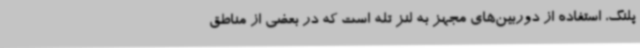
پلنگ، استفاده از دوربین‌های مجهز به لنز تله است که در بعضی از مناطق